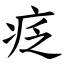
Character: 疺